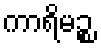
ကာရိမဉ္စ